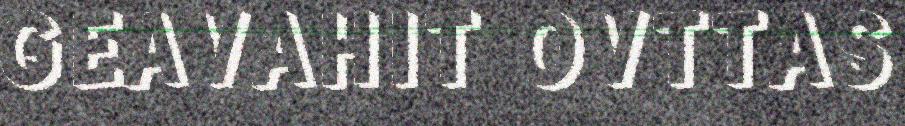
GEAVAHIT OVTTAS